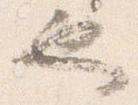
也